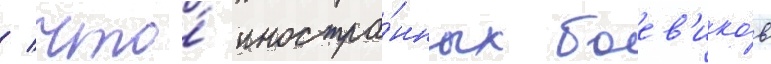
/ что́ иностра́нных боев'ико́в